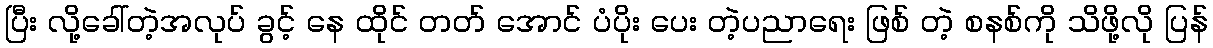
ပြီး လို့ခေါ်တဲ့အလုပ် ခွင့် နေ ထိုင် တတ် အောင် ပံပိုး ပေး တဲ့ပညာရေး ဖြစ် တဲ့ စနစ်ကို သိဖို့လို ပြန်